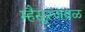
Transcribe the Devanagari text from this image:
म्हैसूरजवळ